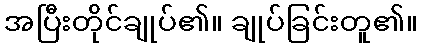
အပြီးတိုင်ချုပ်၏။ ချုပ်ခြင်းတူ၏။